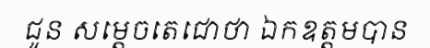
ជូន សម្តេចតេជោថា ឯកឧត្តមបាន